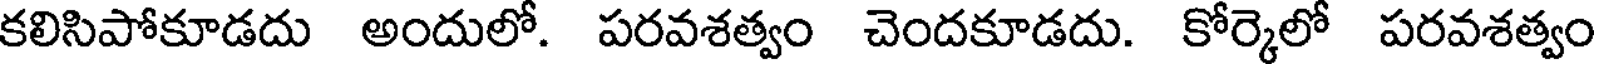
కలిసిపోకూడదు అందులో. పరవశత్వం చెందకూడదు. కోర్కెలో పరవశత్వం